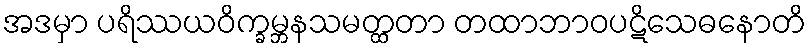
အဒမှာ ပရိဿယဝိက္ခမ္ဘနသမတ္ထတာ တထာဘာဝပဋိသေဓနောတိ